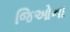
જિઓના